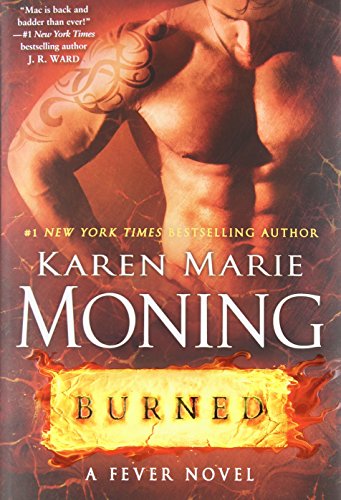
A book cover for Burned: A Fever Novel; Karen Marie Moning; Science Fiction & Fantasy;